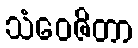
သံဝေဇိတာ